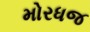
મોરધજ